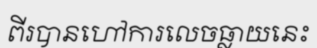
ពីរបានហៅការលេចធ្លាយនេះ